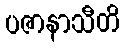
ပဇာနာသီတိ